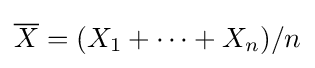
{\overline {X}}=(X_{1}+\cdots +X_{n})/n